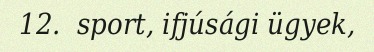
12.  sport, ifjúsági ügyek,